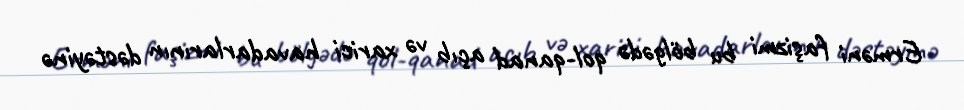
Erməni faşizmi bu bölgədə qol-qanad açıb və xarici havadarlarının dəstəyinə